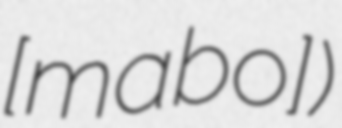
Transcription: ​[maʁbo])